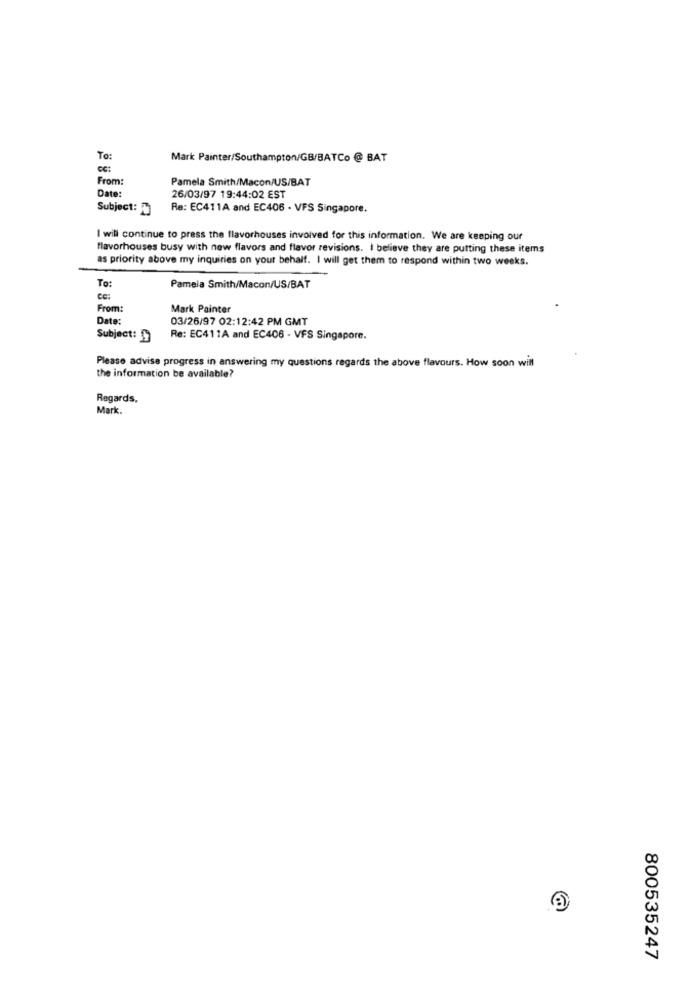
To:
Mark Painter/Southampton/GB/BATCo @ BAT
CC:
From:
Pamela Smith/Macon/US/BAT
Date:
26/03/97 19:44:02 EST
Subject: D
Re: EC411A and EC406 . VFS Singapore.
I will continue to press the flavorhouses involved for this information. We are keeping our
flavorhouses busy with new flavors and flavor revisions. I believe they are putting these items
as priority above my inquiries on your behalf. I will get them to respond within two weeks.
To:
Pamela Smith/Macon/US/BAT
Cc:
From:
Mark Painter
Date:
03/26/97 02:12:42 PM GMT
Subject:
Re: EC411A and EC406 - VFS Singapore.
Please advise progress in answering my questions regards the above flavours. How soon will
the information be available?
Regards,
Mark.
800535247